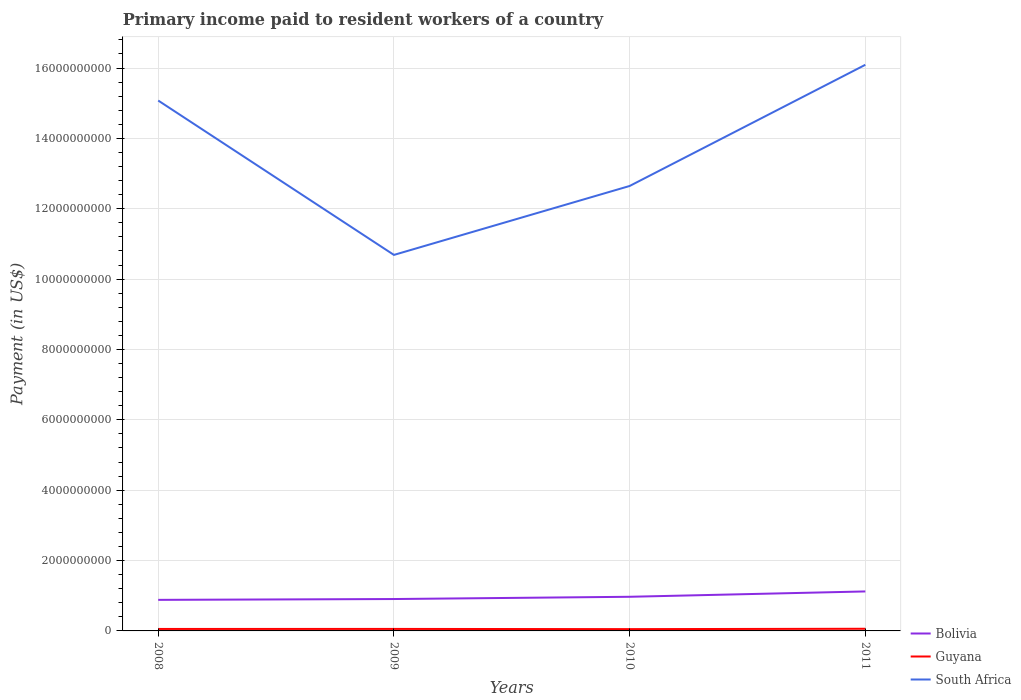
| Years | Bolivia | Guyana | South Africa |
 | --- | --- | --- | --- |
 | 2008 | 8.83e+08 | 5.61e+07 | 1.51e+10 |
 | 2009 | 9.06e+08 | 5.67e+07 | 1.07e+10 |
 | 2010 | 9.71e+08 | 5.12e+07 | 1.26e+10 |
 | 2011 | 1.12e+09 | 6.12e+07 | 1.61e+10 |